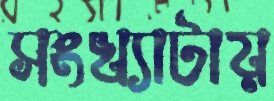
সংখ্যাটায়